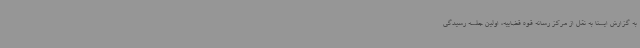
به گزارش ایسنا به نقل از مرکز رسانه قوه قضاییه، اولین جلسه رسیدگی